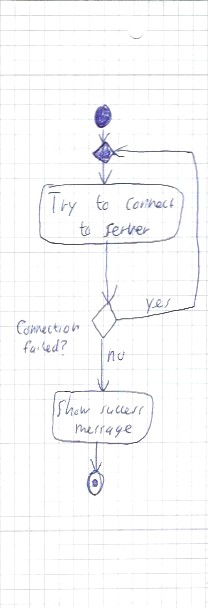
Diagram type: activity_diagram
```plantuml
@startuml

start
repeat
  :Try to connect to Server;
repeat while (Connection failed?) is (yes) not (no)
:Show success message;
stop

@enduml
```